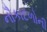
નૌકાદળોની